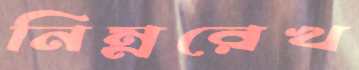
নিম্নরেখ